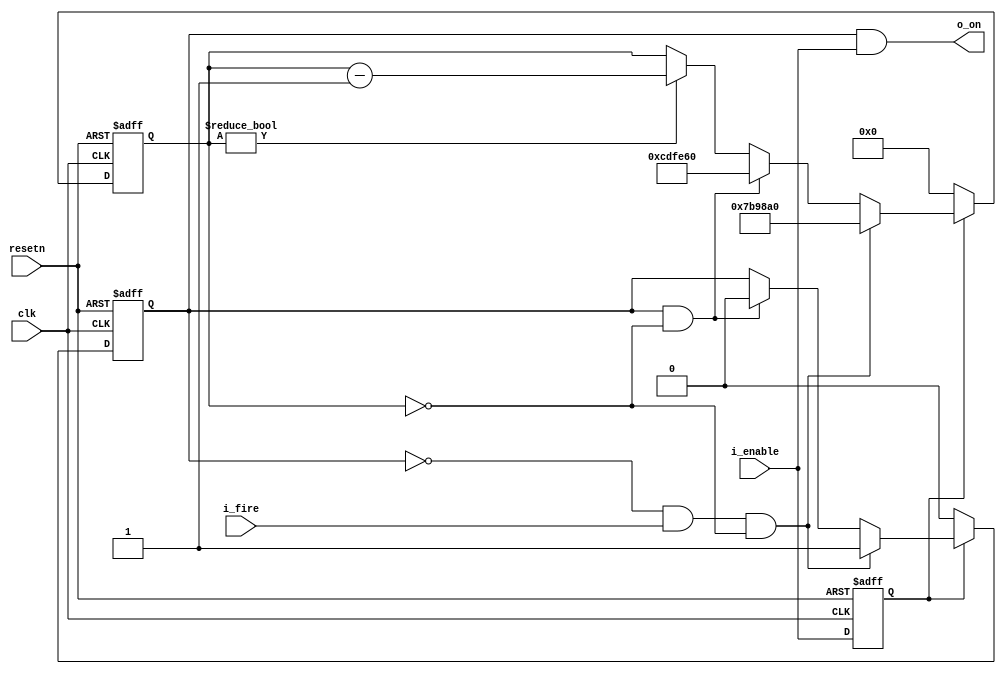
`timescale 1ns / 100ps

module lsc_led_con(
input		clk     , 
input           resetn  ,
input           i_enable,
input           i_fire  ,
output          o_on
);

parameter CLK_FREQ     = 27000;
parameter ON_TIME      = 300;
parameter OFF_TIME     = 500;
parameter OFF_OVERRIDE = 0;

reg	[31:0]	cnt;
reg		r_on;

reg		enable_sync;

always @(posedge clk or negedge resetn)
begin
    if(resetn == 1'b0)
	enable_sync <= 1'b0;
    else
	enable_sync <= i_enable;
end

always @(posedge clk or negedge resetn)
begin
    if(resetn == 1'b0)
	cnt <= 32'b0;
    else if(enable_sync == 1'b0)
	cnt <= 32'b0;
    else if((r_on == 1'b0) && i_fire && (cnt == 32'b0))
	cnt <= CLK_FREQ * ON_TIME;
    else if((r_on == 1'b1) && (cnt == 32'd0))
	cnt <= CLK_FREQ * OFF_TIME;
    else if((r_on == 1'b0) && (!i_fire) && (OFF_OVERRIDE == 1))
	cnt <= 32'b0;
    else if(cnt != 32'd0)
	cnt <= cnt - 32'd1;
end

always @(posedge clk or negedge resetn)
begin
    if(resetn == 1'b0)
	r_on <= 1'b0;
    else if(enable_sync == 1'b0)
	r_on <= 1'b0;
    else if((r_on == 1'b0) && i_fire && (cnt == 32'b0))
	r_on <= 1'b1;
    else if((r_on == 1'b1) && (cnt == 32'd0))
	r_on <= 1'b0;
end

assign o_on = r_on & i_enable;

endmodule